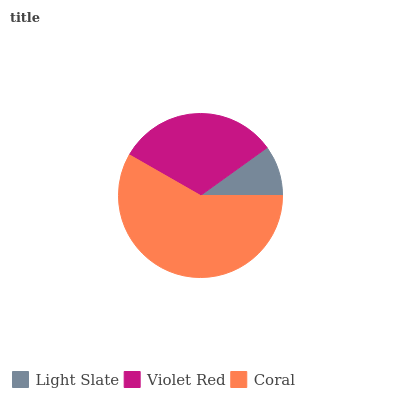
| Light Slate | Violet Red | Coral |
 | --- | --- | --- |
 | 9.92% | 31.8% | 58.3% |